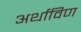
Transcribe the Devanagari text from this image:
अर्थाविण